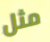
مثل